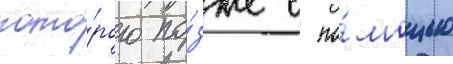
кото́рого по́зже с по́мощью